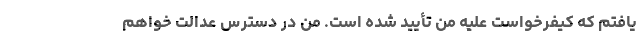
یافتم که کیفرخواست علیه من تأیید شده است. من در دسترس عدالت خواهم